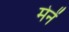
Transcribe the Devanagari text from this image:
मेनें